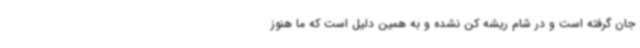
جان گرفته است و در شام ریشه کن نشده و به همین دلیل است که ما هنوز